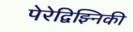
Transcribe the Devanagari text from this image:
पेरेद्विझ्निकी